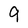
Character: 9